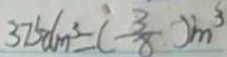
3 7 5 d m ^ { 3 } = ( - \frac { 3 } { 8 } ) m ^ { 3 }